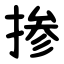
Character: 掺